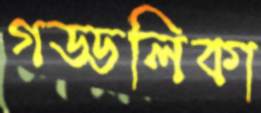
গড্ডলিকা